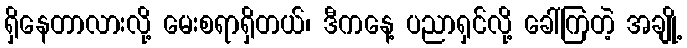
ရှိနေတာလားလို့ မေးစရာရှိတယ်၊ ဒီကနေ့ ပညာရှင်လို့ ခေါ်ကြတဲ့ အချို့